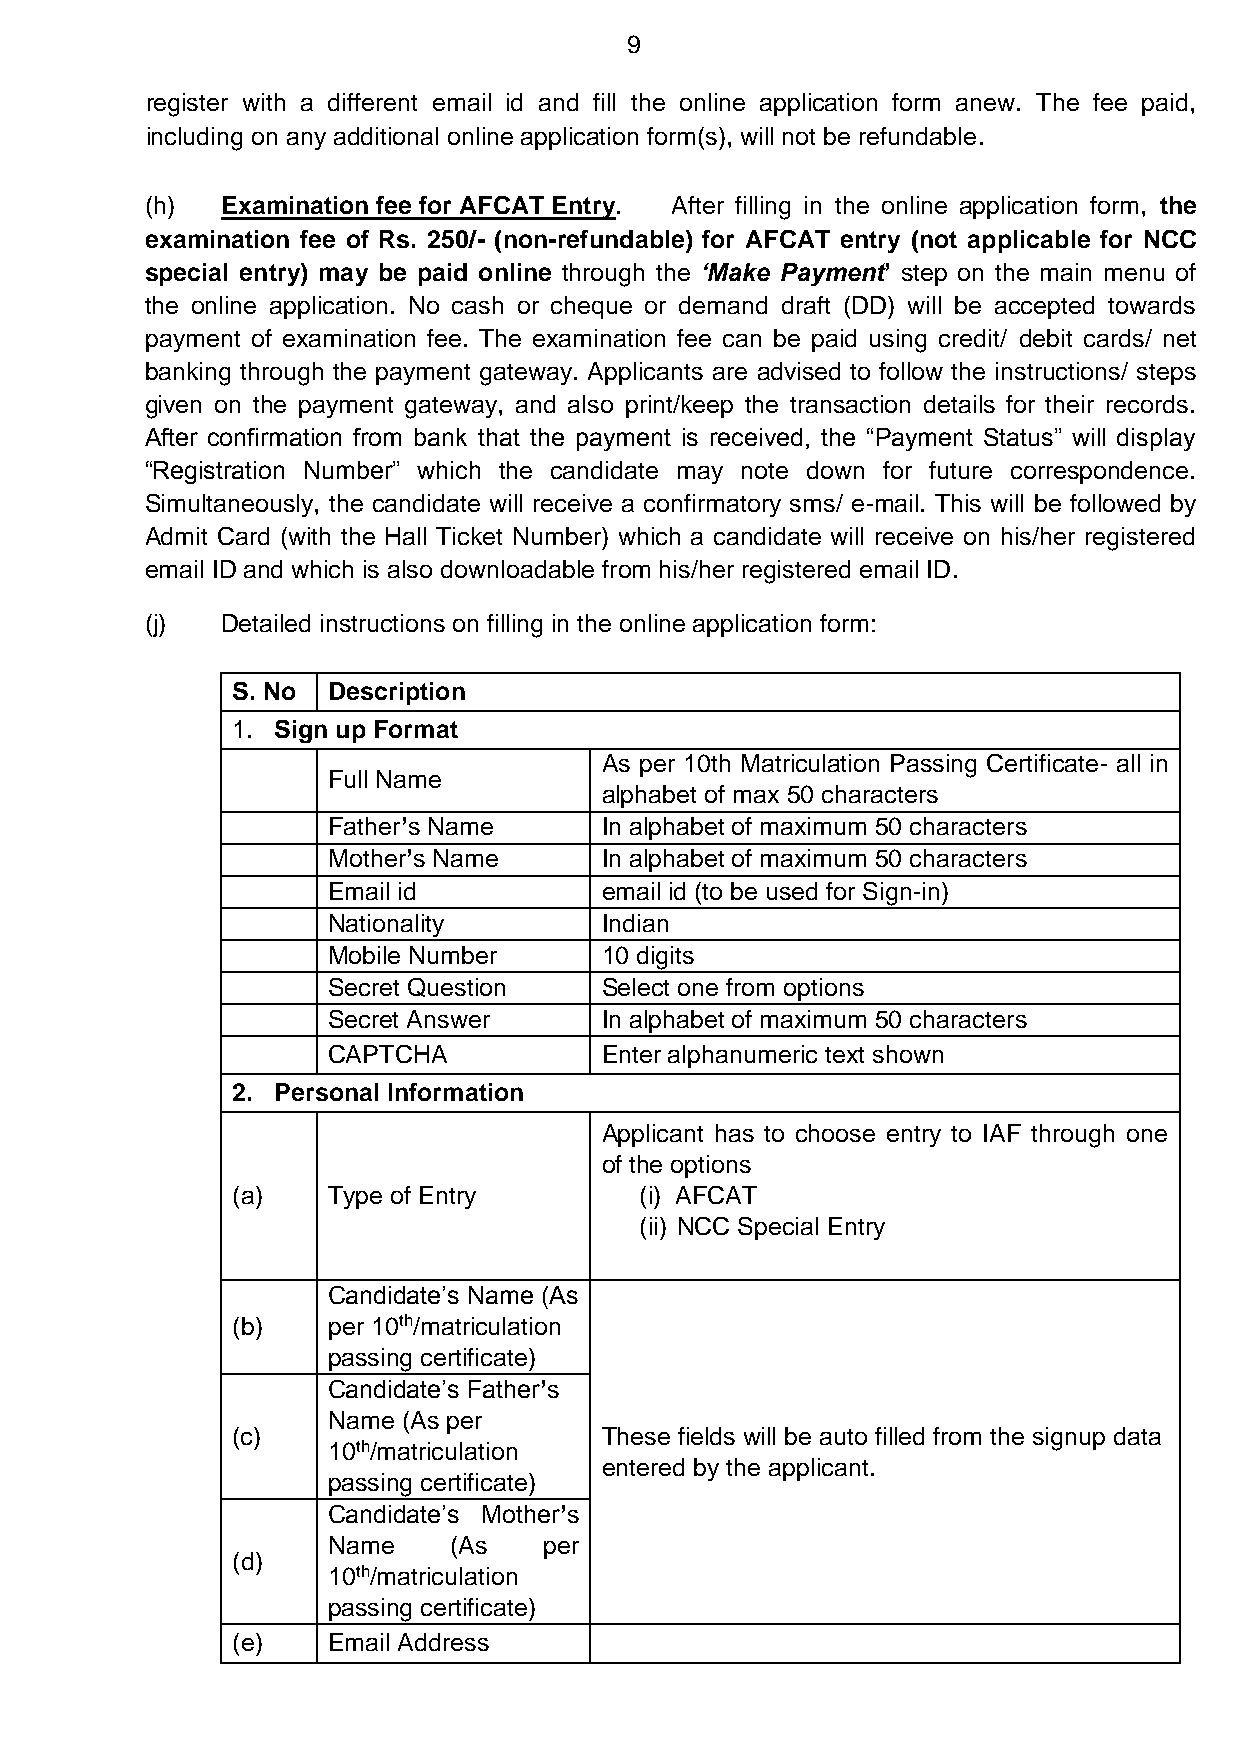
9
 register with a different email id and fill the online application form anew. The fee paid,
 including on any additional online application form(s), will not be refundable.
 (h)  Examination fee for AFCAT Entry. After filling in the online application form, the
 examination fee of Rs. 250/- (non-refundable) for AFCAT entry (not applicable for NCC
 special entry) may be paid online through the ‘Make Payment’ step on the main menu of
 the online application. No cash or cheque or demand draft (DD) will be accepted towards
 payment of examination fee. The examination fee can be paid using credit/ debit cards/ net
 banking through the payment gateway. Applicants are advised to follow the instructions/ steps
 given on the payment gateway, and also print/keep the transaction details for their records.
 After confirmation from bank that the payment is received, the “Payment Status” will display
 “Registration Number” which the candidate may note down for future correspondence.
 Simultaneously, the candidate will receive a confirmatory sms/ e-mail. This will be followed by
 Admit Card (with the Hall Ticket Number) which a candidate will receive on his/her registered
 email ID and which is also downloadable from his/her registered email ID.
 (j)  Detailed instructions on filling in the online application form:
 S. No  Description
 1. Sign up Format
 As per 10th Matriculation Passing Certificate- all in
 Full Name
 alphabet of max 50 characters
 Father’s Name     In alphabet of maximum 50 characters
 Mother’s Name     In alphabet of maximum 50 characters
 Email id          email id (to be used for Sign-in)
 Nationality       Indian
 Mobile Number     10 digits
 Secret Question   Select one from options
 Secret Answer     In alphabet of maximum 50 characters
 CAPTCHA           Enter alphanumeric text shown
 2. Personal Information
 Applicant has to choose entry to IAF through one
 of the options
 (a)    Type of Entry       (i) AFCAT
 (ii) NCC Special Entry
 Candidate’s Name (As
 (b)    per 10th/matriculation
 passing certificate)
 Candidate’s Father’s
 Name (As per
 (c)                      These fields will be auto filled from the signup data
 10th/matriculation
 entered by the applicant.
 passing certificate)
 Candidate’s Mother’s
 Name    (As   per
 (d)
 10th/matriculation
 passing certificate)
 (e)    Email Address